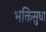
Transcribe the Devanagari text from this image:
भक्तिसुधा